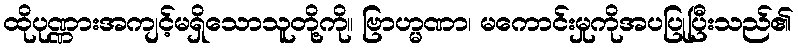
ထိုပုဏ္ဏားအကျင့်မရှိသောသူတို့ကို။ ဗြာဟ္မဏာ၊ မကောင်းမှုကိုအပပြုပြီးသည်၏